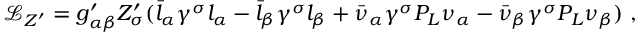
\mathcal { L } _ { Z ^ { \prime } } = g _ { \alpha \beta } ^ { \prime } Z _ { \sigma } ^ { \prime } ( \bar { l } _ { \alpha } \gamma ^ { \sigma } l _ { \alpha } - \bar { l } _ { \beta } \gamma ^ { \sigma } l _ { \beta } + \bar { \nu } _ { \alpha } \gamma ^ { \sigma } P _ { L } \nu _ { \alpha } - \bar { \nu } _ { \beta } \gamma ^ { \sigma } P _ { L } \nu _ { \beta } ) \; ,